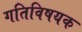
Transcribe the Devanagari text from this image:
गतिविषयक